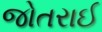
જોતરાઈ